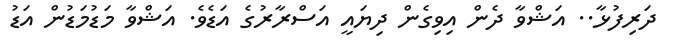
ދަރިފުޅާ.. އަޝްވާ ދެން އިވިގެން ދިޔައީ އަސްރާރުގެ އަޑެވެ. އަޝްވާ މަޑުމަޑުން އަޑު